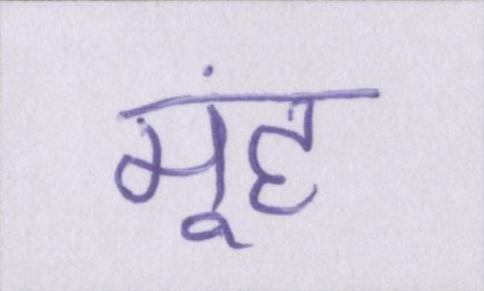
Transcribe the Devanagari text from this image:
मूंह